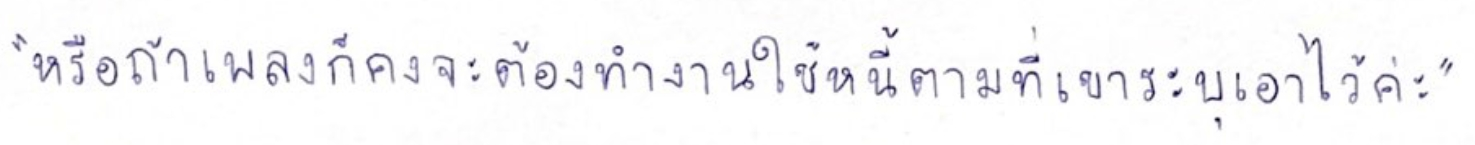
"หรือถ้าเพลงก็คงจะต้องทำงานใช้หนี้ตามที่เขาระบุเอาไว้ค่ะ"